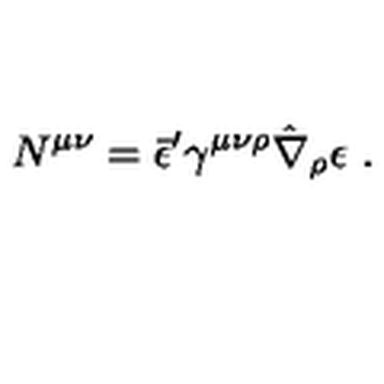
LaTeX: N ^ { \mu \nu } = \bar { \epsilon } ^ { \prime } \gamma ^ { \mu \nu \rho } \hat { \nabla } _ { \rho } \epsilon \ .